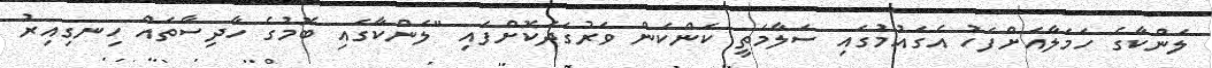
ލަންކާގެ ހަމަލާއަށްފަހު އެގައުމުގައި ސަލާމަތީ ކަންކަން ވަރުގަދަކޮށްފައި "ލަންކާގައި ބޮމުގެ ހާދިސާތައް ހިނގިއިރު